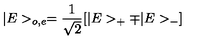
| E > _ { o , e } = \frac { 1 } { \sqrt 2 } [ | E > _ { + } \mp | E > _ { - } ]